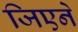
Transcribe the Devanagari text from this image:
जिएने